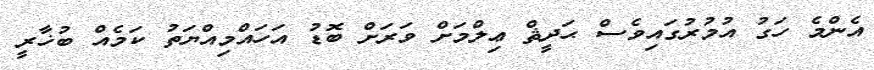
އެންމެ ހަގު އުމުރުގައިވެސް ޙަދީޘް ޢިލްމަށް ވަރަށް ބޮޑު އަހައްމިއްޔަތު ކަމެއް ބުޚާރީ